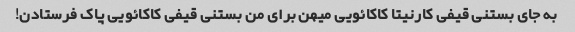
به جای بستنی قیفی کارنیتا کاکائویی میهن برای من بستنی قیفی کاکائویی پاک فرستادن!